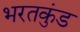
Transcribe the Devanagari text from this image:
भरतकुंड